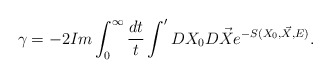
\begin{align*}\gamma=-2 Im\int_{0}^{\infty}\frac{dt}{t}\int' DX_{0}D\vec{X}e^{-S(X_{0},\vec{X},E)}.\end{align*}